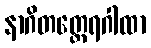
နာဂိတတ္ထေရဂါထာ